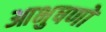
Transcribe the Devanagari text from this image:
आभुषणों